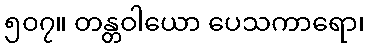
၅၀၇။ တန္တဝါယော ပေသကာရော၊